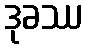
ဒုခဿ